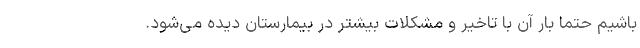
باشیم حتما بار آن با تاخیر و مشکلات بیشتر در بیمارستان دیده می‌شود.